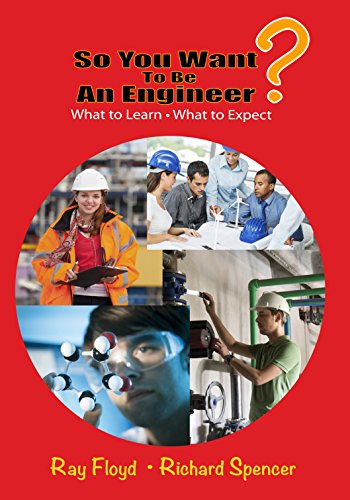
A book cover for So You Want To Be An Engineer: What to Learn and What to Expect; Ray Floyd; Business & Money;